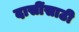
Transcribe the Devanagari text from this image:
दासींसाठी